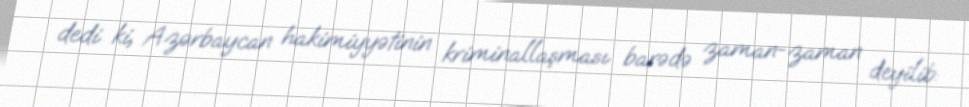
dedi ki, Azərbaycan hakimiyyətinin kriminallaşması barədə zaman-zaman deyilib: